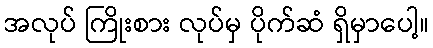
အလုပ် ကြိုးစား လုပ်မှ ပိုက်ဆံ ရှိမှာပေါ့။